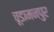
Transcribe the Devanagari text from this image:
चूडामनपुर